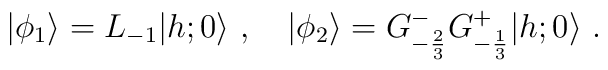
\vert\phi_1\rangle=L_{-1}\vert{h;0}\rangle{}~,{}~{}~{}~\vert\phi_2\rangle=G^-_ {-{2\over3}}G^+_{-{1\over3}}\vert{h;0}\rangle{}~.